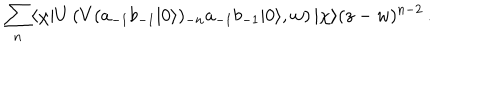
\sum _ { n } \langle \chi | U \left( V ( a _ { - 1 } b _ { - 1 } | 0 \rangle ) _ { - n } a _ { - 1 } b _ { - 1 } | 0 \rangle , w \right) | \chi \rangle ( z - w ) ^ { n - 2 } \, .